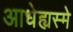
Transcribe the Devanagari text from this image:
आधेह्यस्मे